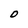
Character: D